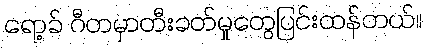
ရော့ခ် ဂီတမှာတီးခတ်မှုတွေပြင်းထန်တယ်။